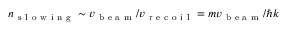
n _ { \mathrm { ~ s ~ l ~ o ~ w ~ i ~ n ~ g ~ } } \sim v _ { \mathrm { ~ b ~ e ~ a ~ m ~ } } / v _ { \mathrm { ~ r ~ e ~ c ~ o ~ i ~ l ~ } } = m v _ { \mathrm { ~ b ~ e ~ a ~ m ~ } } / \hbar k